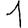
Digit: 1